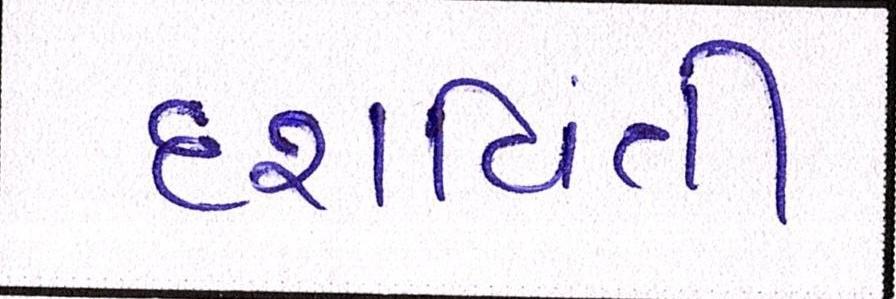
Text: દશર્વિતી